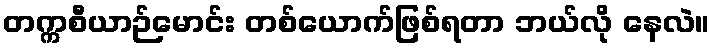
တက္ကစီယာဉ်မောင်း တစ်ယောက်ဖြစ်ရတာ ဘယ်လို နေလဲ။